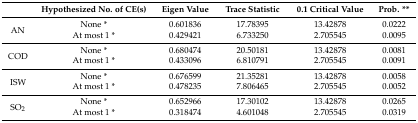
|  | Hypothesized No. of CE(s) | Eigen Value | Trace Statistic | 0.1 Critical Value | Prob. ** |
 | --- | --- | --- | --- | --- | --- |
 | <ROWSPAN=2> AN | None * | 0.601836 | 17.78395 | 13.42878 | 0.0222 |
 | At most 1 * | 0.429421 | 6.733250 | 2.705545 | 0.0095 |
 | <ROWSPAN=2> COD | None * | 0.680474 | 20.50181 | 13.42878 | 0.0081 |
 | At most 1 * | 0.433096 | 6.810791 | 2.705545 | 0.0091 |
 | <ROWSPAN=2> ISW | None * | 0.676599 | 21.35281 | 13.42878 | 0.0058 |
 | At most 1 * | 0.478235 | 7.806465 | 2.705545 | 0.0052 |
 | <ROWSPAN=2> SO2 | None * | 0.652966 | 17.30102 | 13.42878 | 0.0265 |
 | At most 1 * | 0.318474 | 4.601048 | 2.705545 | 0.0319 |